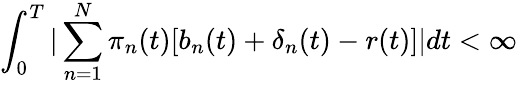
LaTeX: \int_{0}^{T}|\sum_{n=1}^{N}\pi_{n}(t)[b_{n}(t)+\mathbf{\delta}_{n}(t)-r(t)]|dt<\infty